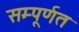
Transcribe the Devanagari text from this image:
सम्पूर्णत